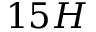
1 5 H